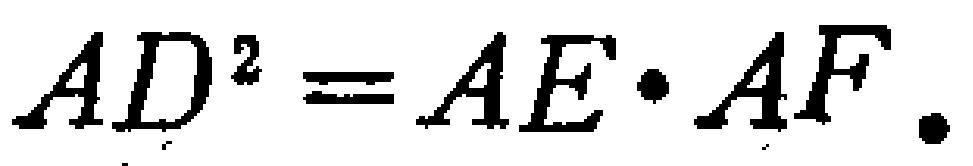
\(AD^{2}=AE\cdot AF.\)